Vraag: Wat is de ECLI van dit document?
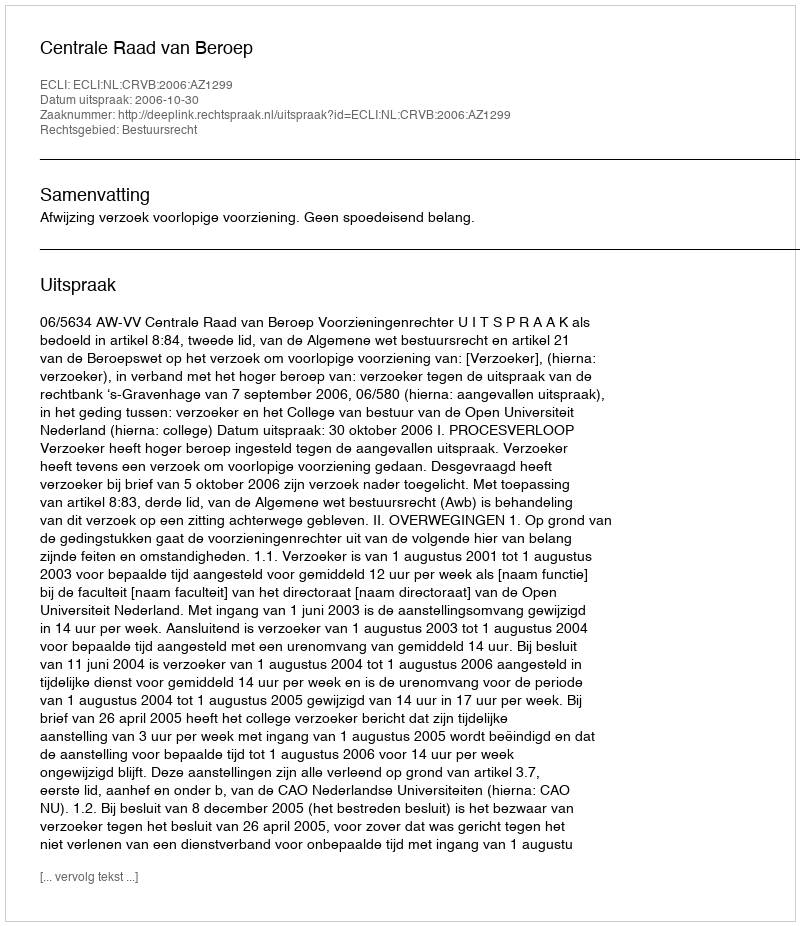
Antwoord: ECLI:NL:CRVB:2006:AZ1299